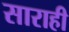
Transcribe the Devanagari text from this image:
साराही